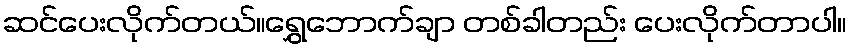
ဆင်ပေးလိုက်တယ်။ရွှေဘောက်ချာ တစ်ခါတည်း ပေးလိုက်တာပါ။